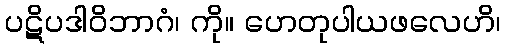
ပဋိပဒါဝိဘာဂံ၊ ကို။ ဟေတုပါယဖလေဟိ၊